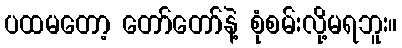
ပထမတော့ တော်တော်နဲ့ စုံစမ်းလို့မရဘူး။